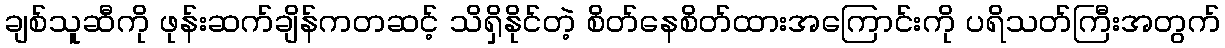
ချစ်သူဆီကို ဖုန်းဆက်ချိန်ကတဆင့် သိရှိနိုင်တဲ့ စိတ်နေစိတ်ထားအကြောင်းကို ပရိသတ်ကြီးအတွက်